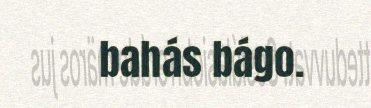
bahás bágo.